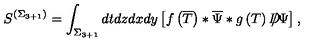
S ^ { \left( \Sigma _ { 3 + 1 } \right) } = \int _ { \Sigma _ { 3 + 1 } } d t d z d x d y \left[ f \left( \overline { { T } } \right) * \overline { { \Psi } } * g \left( T \right) D \! \! \! \! / \Psi \right] ,